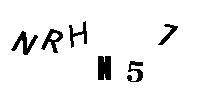
NRHN57